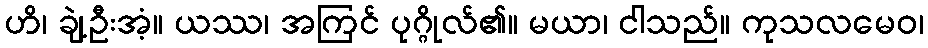
ဟိ၊ ချဲ့ဦးအံ့။ ယဿ၊ အကြင် ပုဂ္ဂိုလ်၏။ မယာ၊ ငါသည်။ ကုသလမေဝ၊